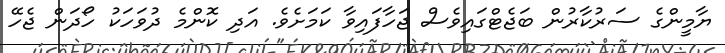
ޔާމީންގެ ސަރުކާރުން ބަޖެޓްގައިވެސް ޖަހާފައިވާ ކަމަށެވެ. އަދި ކޮންމެ ދުވަހަކު ހޯދަން ޖެހޭ